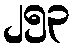
၂၅၃